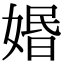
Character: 㛰